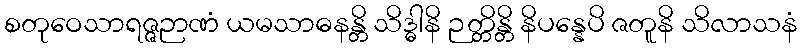
စတုဝေသာရဇ္ဇဉာဏံ ယမသာဓနန္တိ သိဒ္ဓါနိ ဉတ္တိန္တိ နိပန္နေပိ ဇတူနိ သိလာသနံ